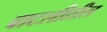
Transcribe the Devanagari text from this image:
बाटलीतील